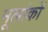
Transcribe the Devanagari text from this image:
मूलांकों